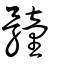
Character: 𩪘